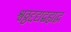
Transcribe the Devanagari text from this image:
श्वठ्ठद्दद्यद्बह्यद्ध